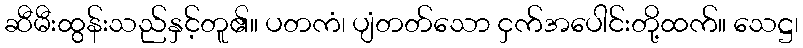
ဆီမီးထွန်းသည်နှင့်တူ၏။ ပတကံ၊ ပျံတတ်သော ငှက်အပေါင်းတို့ထက်။ သေဋ္ဌ၊